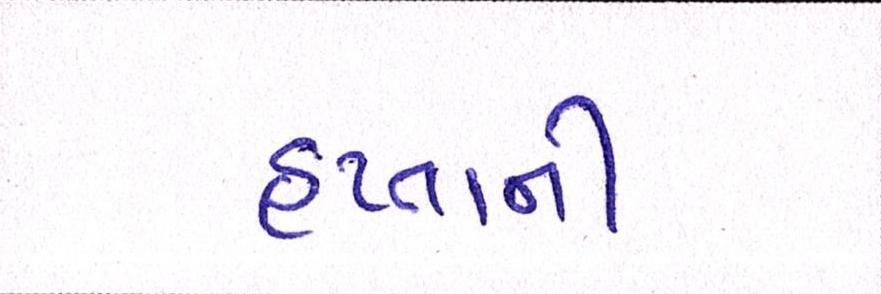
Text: હપ્તાની